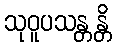
သုဝူပသန္တန္တိ